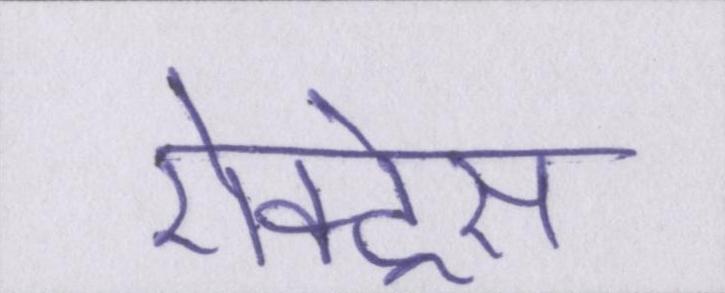
ऐक्ट्रेस